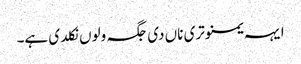
ایہہ یمنوتری ناں دی جگہ ولوں نکلدی ہے۔